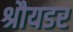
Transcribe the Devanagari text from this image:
श्रौयडर